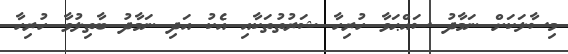
މިސާލަކަށް ނަމާދު ސައްޙަވާ ހުރިހާ ޝަރުތުތަކާއި އެކު އަދި ނަމާދު ބާތިލުވާ ހުރިހާ